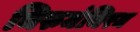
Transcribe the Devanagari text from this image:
थिरुमंथिरम